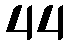
44